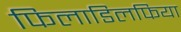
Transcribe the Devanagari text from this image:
फिलाडिलफिया